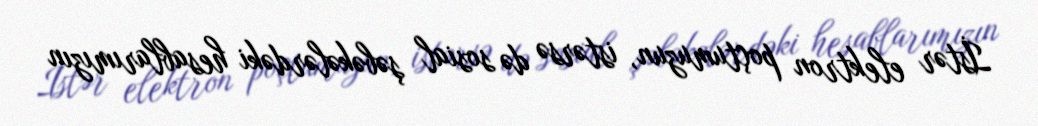
İstər elektron poçtumuzun, istərsə də sosial şəbəkələrdəki hesablarımızın